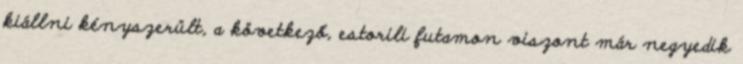
kiállni kényszerült, a következő, estorili futamon viszont már negyedik